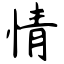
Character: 情